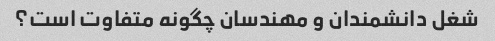
شغل دانشمندان و مهندسان چگونه متفاوت است؟